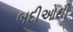
બદીઓથી